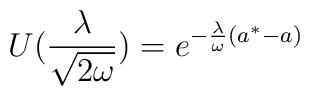
U(\frac{\lambda }{\sqrt{2\omega }})=e^{-\frac{\lambda }{\omega }(a^{*}-a)}